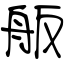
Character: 舨